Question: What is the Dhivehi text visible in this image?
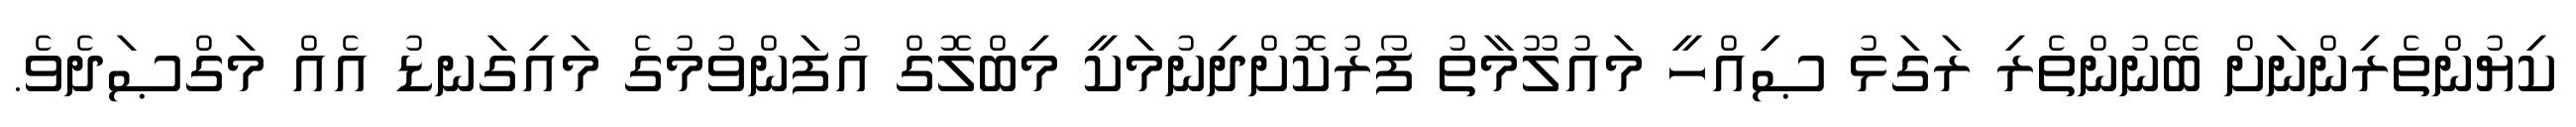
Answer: ކިޔުންތެރިންނަށް ބޭނުންތެރި ރަގަޅު ޞިއްހީ މައުލޫމާތު ފޯރުކޮށްދިނުމަކީ މިބްލޮގް އުފަންވުމުގެ މައިގަނޑު އެއް މަގްޞަދެވެ.